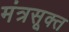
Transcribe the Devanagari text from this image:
मंत्रसूक्त